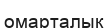
омарталық